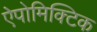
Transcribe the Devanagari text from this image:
ऐपोमिक्टिक